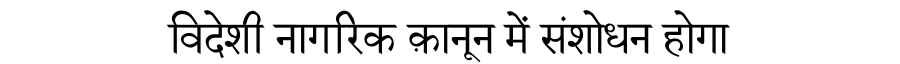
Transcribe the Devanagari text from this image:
विदेशी नागरिक क़ानून में संशोधन होगा